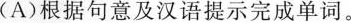
(A)根据句意及汉语提示完成单词。